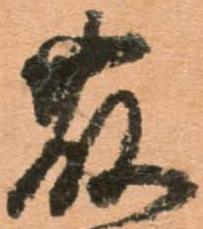
藤